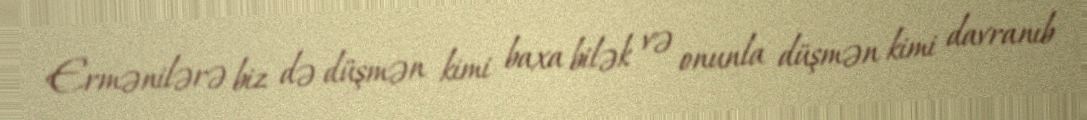
Ermənilərə biz də düşmən kimi baxa bilək və onunla düşmən kimi davranıb